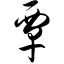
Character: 覃